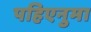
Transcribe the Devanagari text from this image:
पहिएनुमा